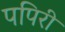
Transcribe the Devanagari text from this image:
पपिरी